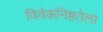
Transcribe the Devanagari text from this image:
विवेकनिष्ठतेला